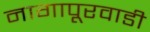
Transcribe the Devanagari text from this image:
नागापूरवाडी